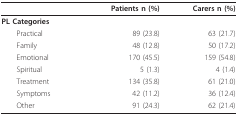
<table><thead><tr><td></td><td><b>Patients n (%)</b></td><td><b>Carers n (%)</b></td></tr></thead><tbody><tr><td><b>PL Categories</b></td><td></td><td></td></tr><tr><td> Practical</td><td>89 (23.8)</td><td>63 (21.7)</td></tr><tr><td> Family</td><td>48 (12.8)</td><td>50 (17.2)</td></tr><tr><td> Emotional</td><td>170 (45.5)</td><td>159 (54.8)</td></tr><tr><td> Spiritual</td><td>5 (1.3)</td><td>4 (1.4)</td></tr><tr><td> Treatment</td><td>134 (35.8)</td><td>61 (21.0)</td></tr><tr><td> Symptoms</td><td>42 (11.2)</td><td>36 (12.4)</td></tr><tr><td> Other</td><td>91 (24.3)</td><td>62 (21.4)</td></tr></tbody></table>